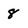
Character: 8